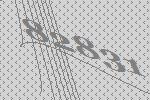
82831